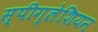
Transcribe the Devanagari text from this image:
स्पीग्लेशियन